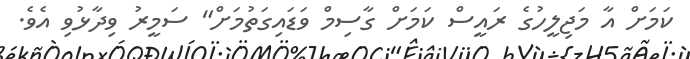
ކަމަށް އާ މަޖިލީހުގެ ރައީސް ކަމަށް ގާސިމް ވަޑައިގަތުމަށް" ސަމީރު ވިދާޅުވި އެވެ.